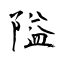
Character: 隘